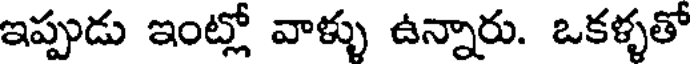
ఇప్పుడు ఇంట్లో వాళ్ళు ఉన్నారు. ఒకళ్ళతో